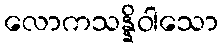
လောကသန္နိဝါသော